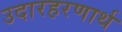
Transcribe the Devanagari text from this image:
उदारहरणार्थ